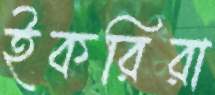
ইকরিরা